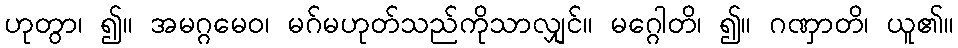
ဟုတွာ၊ ၍။ အမဂ္ဂမေဝ၊ မဂ်မဟုတ်သည်ကိုသာလျှင်။ မဂ္ဂေါတိ၊ ၍။ ဂဏှာတိ၊ ယူ၏။